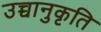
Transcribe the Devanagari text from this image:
उच्चानुकृति